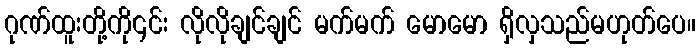
ဂုဏ်ထူးတို့ကို၎င်း လိုလိုချင်ချင် မက်မက် မောမော ရှိလှသည်မဟုတ်ပေ။